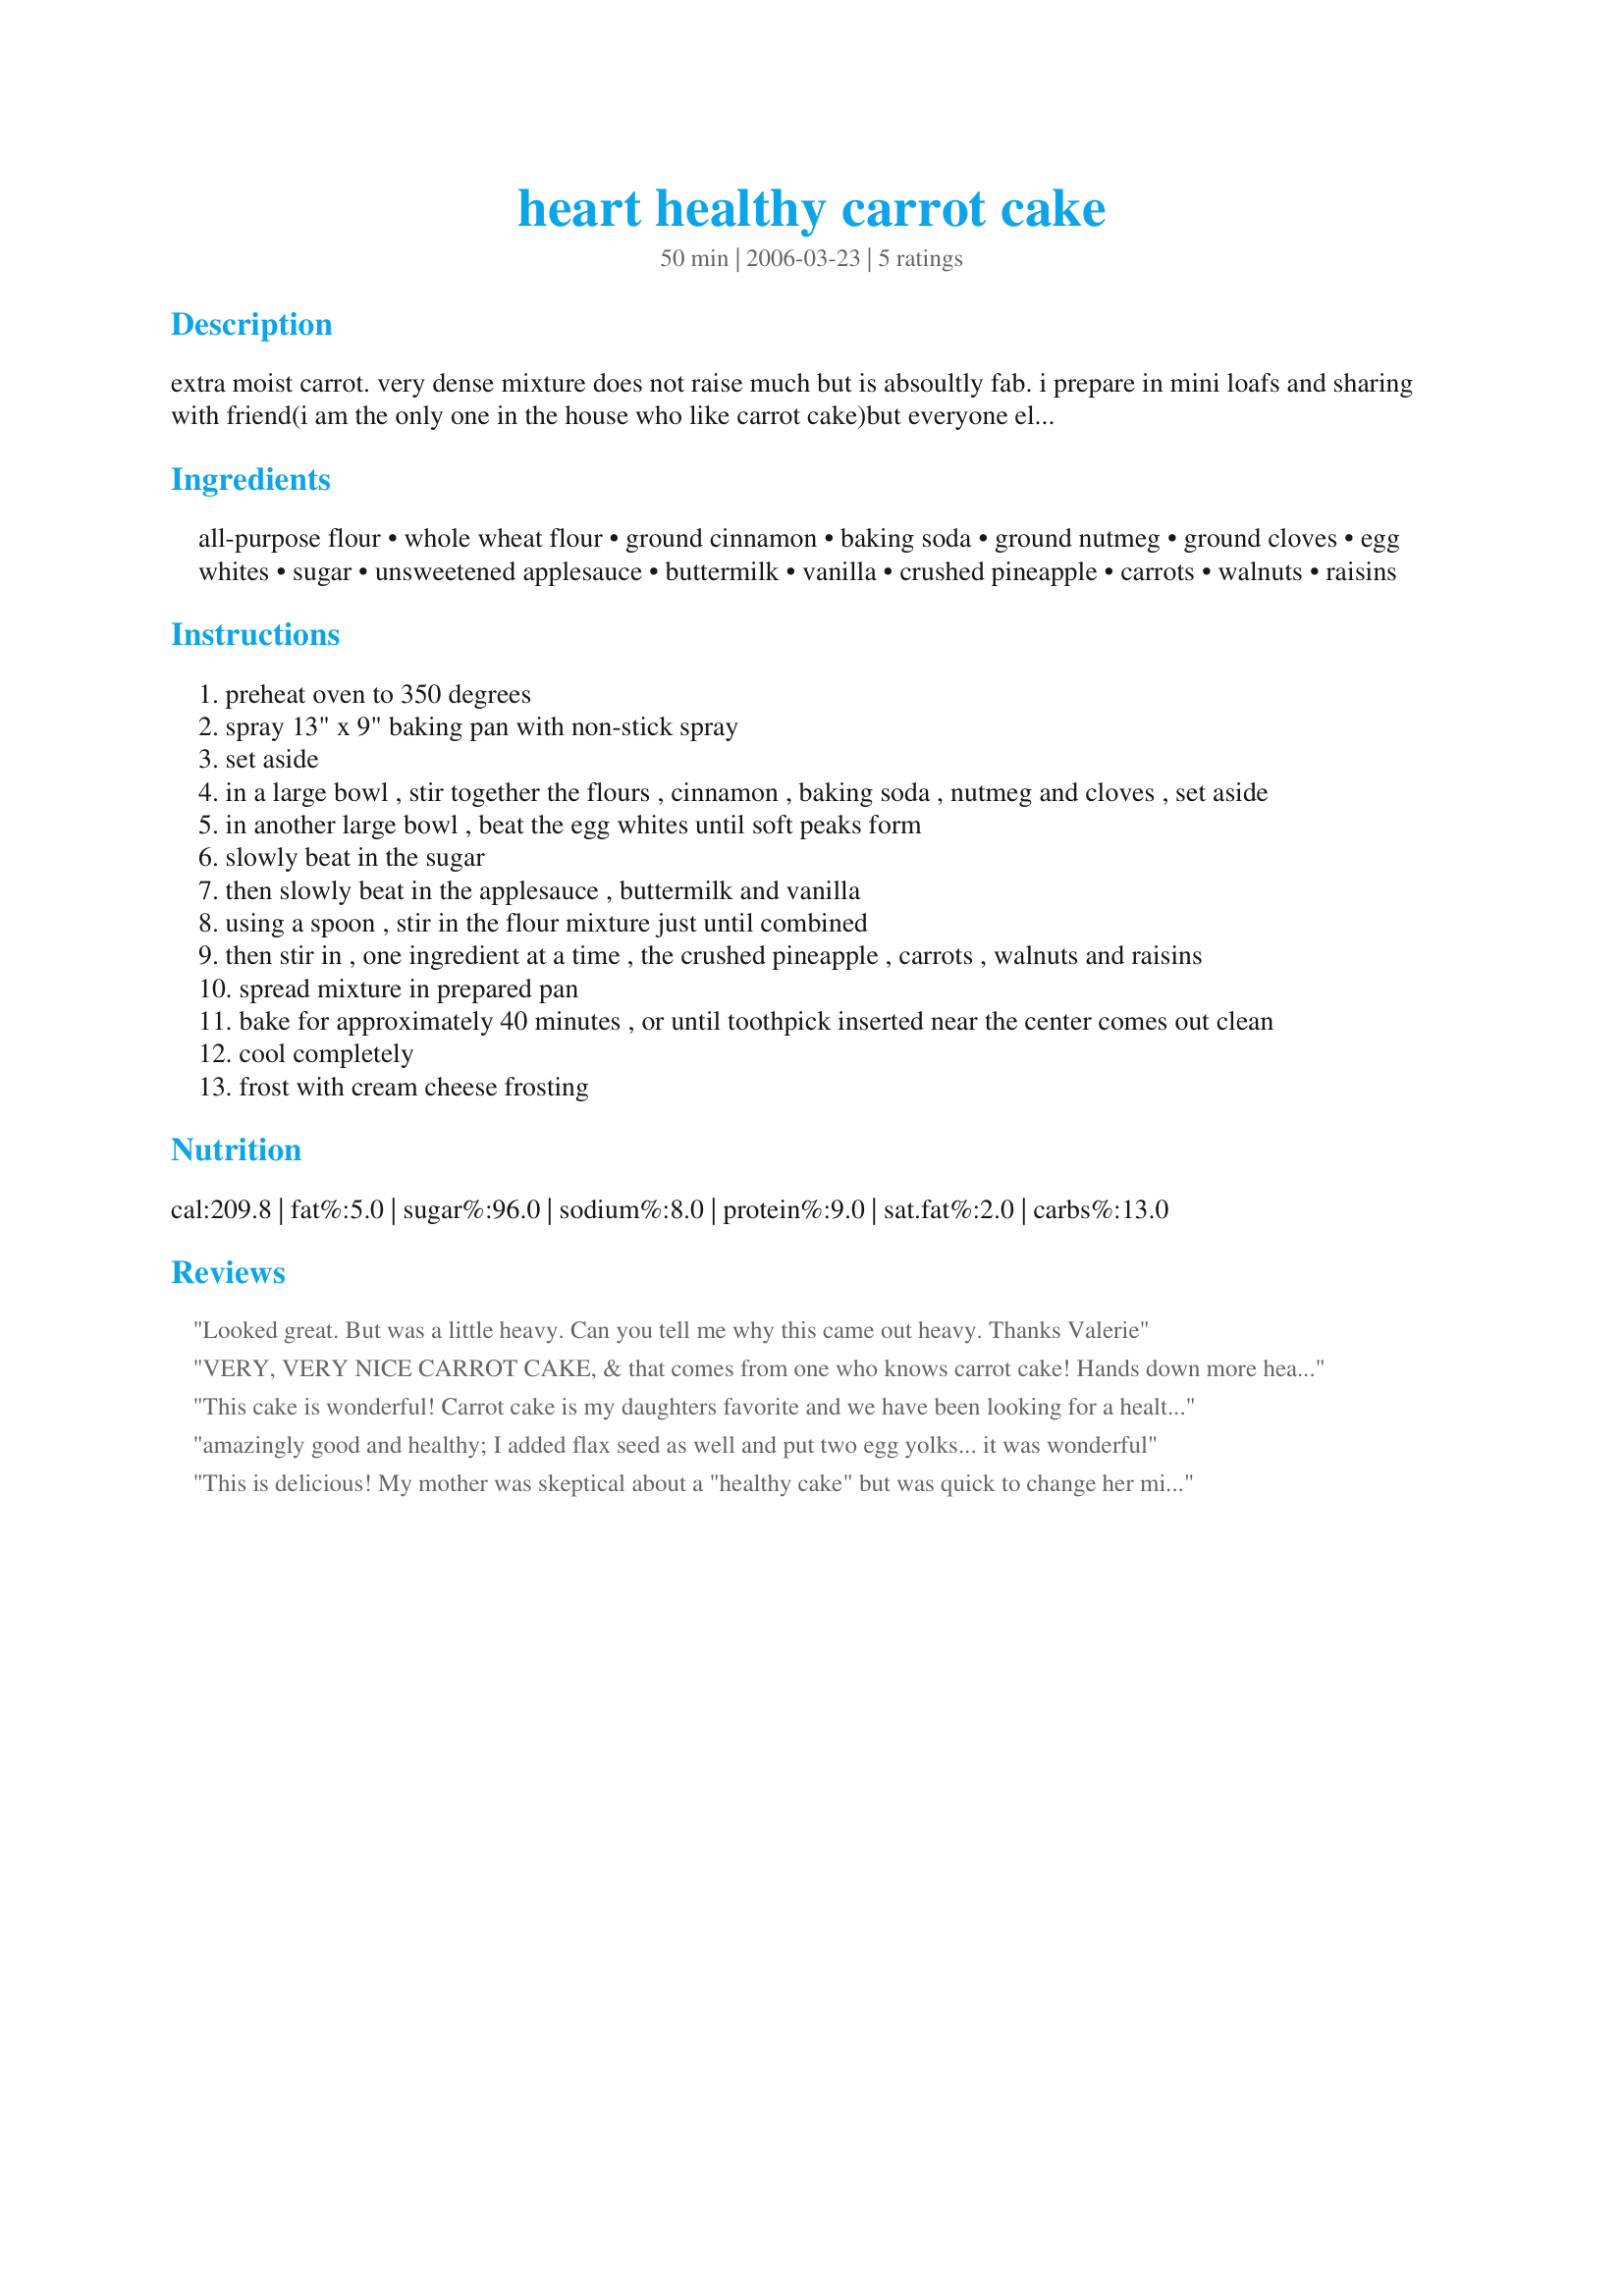
heart healthy carrot cake
Preparation time: 50 minutes

extra moist carrot. very dense mixture does not raise much but is absoultly fab. i prepare in mini loafs and sharing with friend(i am the only one in the house who like carrot cake)but everyone else is gradually trying this recipe and liking it. i omit the raisins and nuts and does great(if you ever wonder. cuts very easily due to its denseness. unfrosted "bars" great for breakfast, no crumbs travels well in the car for on the go mornings.

Ingredients:
all-purpose flour, whole wheat flour, ground cinnamon, baking soda, ground nutmeg, ground cloves, egg whites, sugar, unsweetened applesauce, buttermilk, vanilla, crushed pineapple, carrots, walnuts, raisins

Steps:
preheat oven to 350 degrees
spray 13" x 9" baking pan with non-stick spray
set aside
in a large bowl , stir together the flours , cinnamon , baking soda , nutmeg and cloves , set aside
in another large bowl , beat the egg whites until soft peaks form
slowly beat in the sugar
then slowly beat in the applesauce , buttermilk and vanilla
using a spoon , stir in the flour mixture just until combined
then stir in , one ingredient at a time , the crushed pineapple , carrots , walnuts and raisins
spread mixture in prepared pan
bake for approximately 40 minutes , or until toothpick inserted near the center comes out clean
cool completely
frost with cream cheese frosting

Reviews:
Looked great. But was a little heavy. Can you tell me why this came out heavy. Thanks Valerie
VERY, VERY NICE CARROT CAKE, & that comes from one who knows carrot cake! Hands down more healthy than my own recipe (which I'll continue to make now & then!), & it is extremely good WITHOUT the frosting! Some carrot cakes NEED the frosting because the cake itself isn't very moist, but not so this one! Very tasty, very moist! [Made & reviewed for one of my adopted chefs in this Spring's PAC]
This cake is wonderful! Carrot cake is my daughters favorite and we have been looking for a healthy one that is good. I will be making it often.
amazingly good and healthy; I added flax seed as well and put two egg yolks... it was wonderful
This is delicious! My mother was skeptical about a "healthy cake" but was quick to change her mind. I did however, skip the pineapple, double the nuts, and substitute 2/3 cup of the 1 1/3 cup sugar for 1/3 honey and 1/3 agave nectar. Just for personal preference. Tell me if I'm really missing out on anything.
